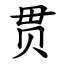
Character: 贯